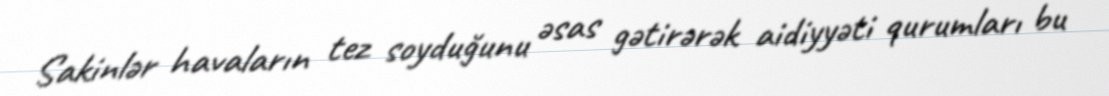
Sakinlər havaların tez soyduğunu əsas gətirərək aidiyyəti qurumları bu